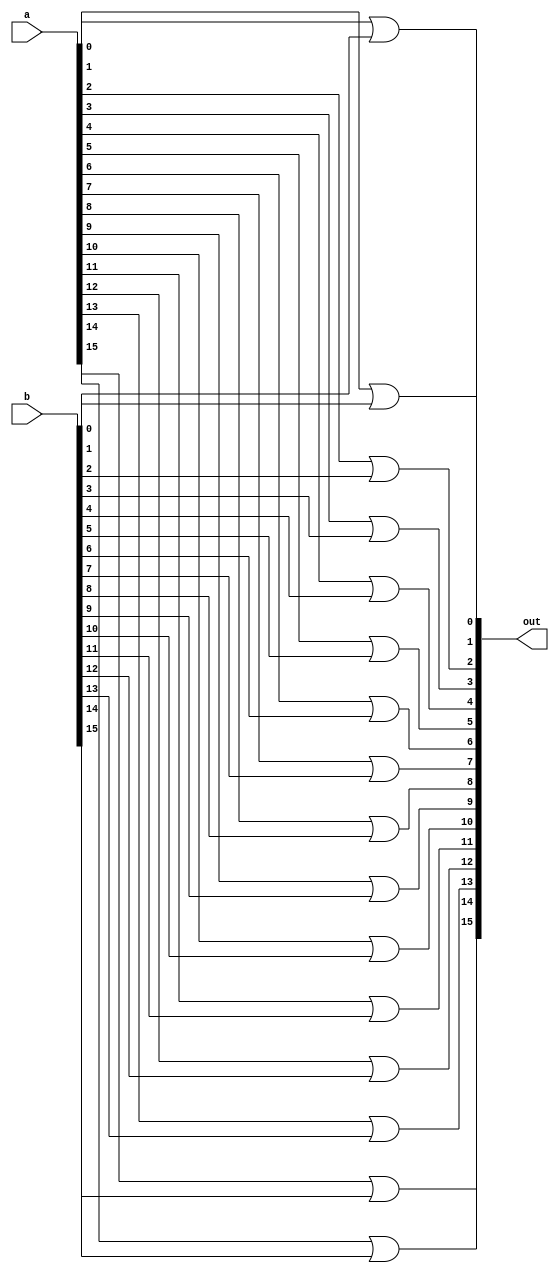
/* mdulo Or16 */

`ifndef _Or16_
`define _Or16_

module Or16(out, a, b);
    input [15:0] a, b;
    output [15:0] out;

    or o0(out[0], a[0], b[0]);
    or o1(out[1], a[1], b[1]);
    or o2(out[2], a[2], b[2]);
    or o3(out[3], a[3], b[3]);
    or o4(out[4], a[4], b[4]);
    or o5(out[5], a[5], b[5]);
    or o6(out[6], a[6], b[6]);
    or o7(out[7], a[7], b[7]);
    or o8(out[8], a[8], b[8]);
    or o9(out[9], a[9], b[9]);
    or o10(out[10], a[10], b[10]);
    or o11(out[11], a[11], b[11]);
    or o12(out[12], a[12], b[12]);
    or o13(out[13], a[13], b[13]);
    or o14(out[14], a[14], b[14]);
    or o15(out[15], a[15], b[15]);

    // Descrio de conexes internas do mdulo

endmodule

`endif